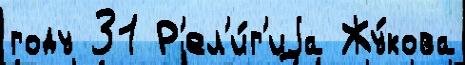
году 31 Р'ел'и́г'иjа Жу́кова